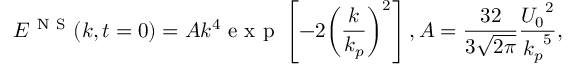
{ { E } ^ { \mathrm { ~ N ~ S ~ } } } ( k , t = 0 ) = A { { k } ^ { 4 } } \mathrm { ~ e ~ x ~ p ~ } \left[ - 2 { { \left( \frac { k } { { { k } _ { p } } } \right) } ^ { 2 } } \right] , A = \frac { 3 2 } { 3 \sqrt { 2 \pi } } \frac { { { U } _ { 0 } } ^ { 2 } } { { { k } _ { p } } ^ { 5 } } ,